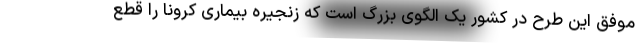
موفق این طرح در کشور یک الگوی بزرگ است که زنجیره بیماری کرونا را قطع